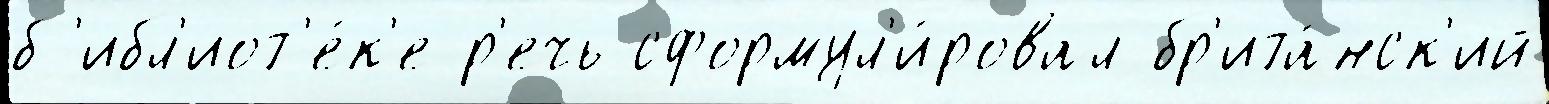
б'ибл'иот'е́к'е р'ечь сформул'и́ровал бр'ита́нск'ий